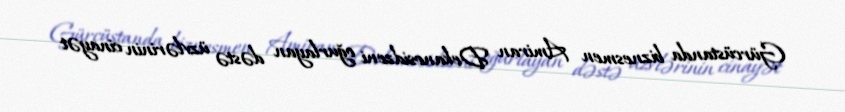
Gürcüstanda biznesmen Amiran Dekanosidzeni oğurlayan dəstə üzvlərinin cinayət